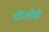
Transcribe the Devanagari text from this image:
पीओबी